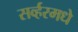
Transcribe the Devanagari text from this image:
सर्व्हरमधे